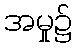
အမှု၌